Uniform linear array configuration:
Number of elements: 64
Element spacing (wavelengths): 0.75
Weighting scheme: hamming
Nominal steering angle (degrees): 0
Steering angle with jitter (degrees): -0.957
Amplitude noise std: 0.05
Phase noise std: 0.05

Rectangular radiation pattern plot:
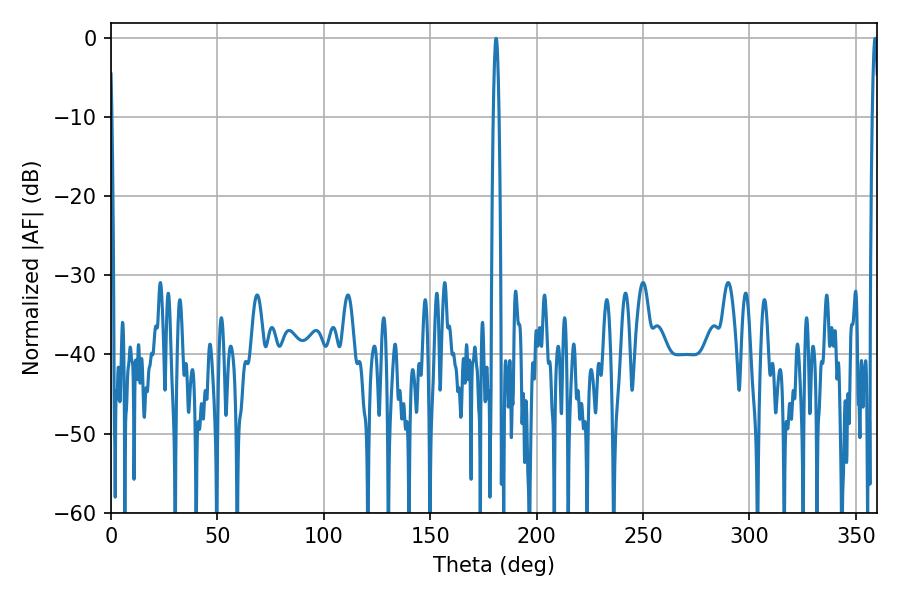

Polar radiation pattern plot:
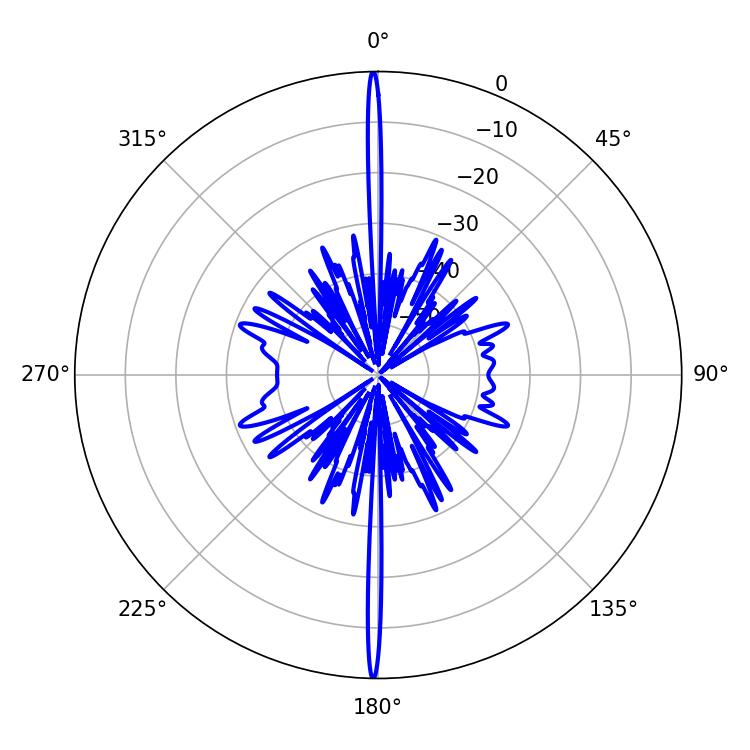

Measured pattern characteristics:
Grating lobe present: TRUE
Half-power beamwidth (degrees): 1.44
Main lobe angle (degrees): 180.9